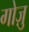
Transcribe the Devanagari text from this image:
गोज़ु